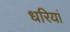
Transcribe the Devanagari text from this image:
धरियां